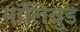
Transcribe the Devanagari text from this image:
मॉलिवुड